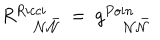
LaTeX: R _ { ~ { { \cal N } } { \bar { { \cal N } } } } ^ { R i c c i } ~ = ~ g _ { ~ { { \cal N } } { { \bar { \cal N } } } } ^ { P o i n }